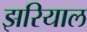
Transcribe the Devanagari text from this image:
झरियाल